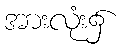
အားလုံး၌